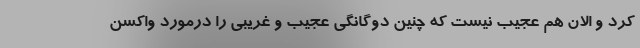
کرد و الان هم عجیب نیست که چنین دوگانگی عجیب و غریبی را درمورد واکسن